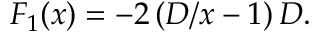
\begin{array} { r } { F _ { 1 } ( x ) = - 2 \left( D / x - 1 \right) D . } \end{array}